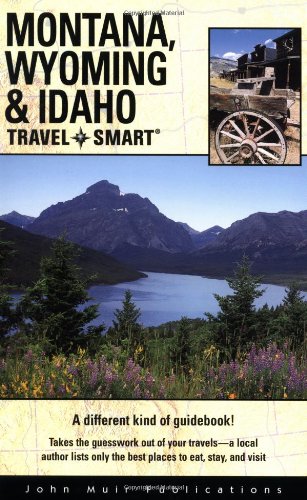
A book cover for Travel Smart: Montana, Wyoming, and Idaho; C.J. Box; Travel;